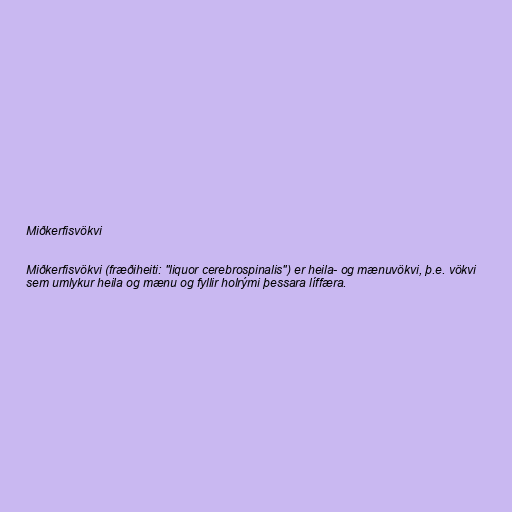
Miðkerfisvökvi

Miðkerfisvökvi (fræðiheiti: "liquor cerebrospinalis") er heila- og mænuvökvi, þ.e. vökvi
sem umlykur heila og mænu og fyllir holrými þessara líffæra.